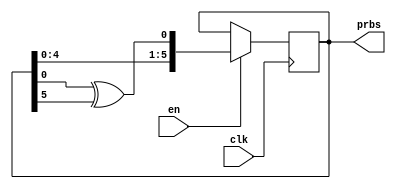
//polynomial 1 + X + X^6

module LFSR_6(en, clk, prbs);


	input clk;
	input en;
	output [6:1] prbs;

	reg [6:1] sreg;

	initial sreg = 7'b1;

	always @ (posedge clk)
	begin
		if(en == 1'b1)
			sreg <= {sreg[5:1], sreg[1] ^ sreg[6]};
	end
			
	assign prbs = sreg;
	
endmodule